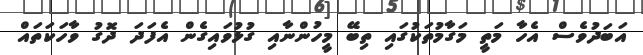
އަބަދުވެސް އެހާ މަތީ މަގާމުތަކުގައި ތިބޭ މީހުންނާއި ގުޅުވައިގެން އެފަދަ ދޮގު ވާހަކަތައް